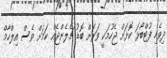
ދިވެހި ފުޓްބޯޅަ ކޮޅަށް ޖެހުމަކީ ވަރަށް ބޮޑު ޗެލެންޖެއް ކަމަށް ވެސް އިލްހާމް